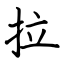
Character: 拉